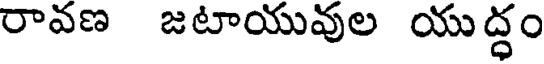
రావణ జటాయువుల యుద్ధం